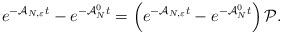
LaTeX: \begin{align*}e^{-\mathcal{A}_{N,\varepsilon}t}-e^{-\mathcal{A}_N^0t}=\left(e^{-\mathcal{A}_{N,\varepsilon}t}-e^{-\mathcal{A}_N^0t}\right)\mathcal{P}.\end{align*}